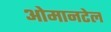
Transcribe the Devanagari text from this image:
ओमानटेल